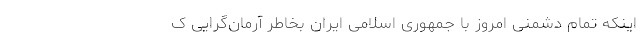
اینکه تمام دشمنی امروز با جمهوری اسلامی ایران بخاطر آرمان‌گرایی ک